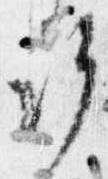
許